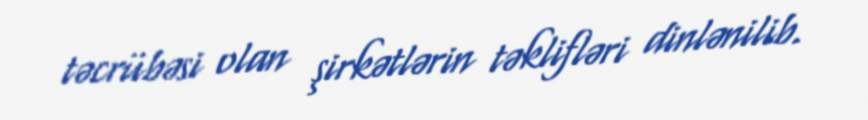
təcrübəsi olan şirkətlərin təklifləri dinlənilib.